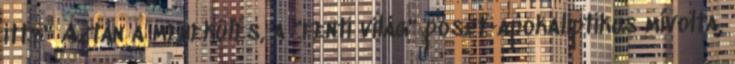
itt?" Aztán a menekülés, a "fenti világ" poszt-apokaliptikus mivolta,